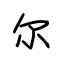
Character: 尔